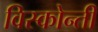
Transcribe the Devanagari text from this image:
विस्कोन्ती